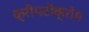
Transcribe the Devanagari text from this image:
क्रीपटोक्रोम